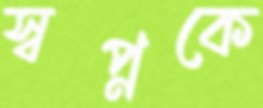
স্বপ্নকে